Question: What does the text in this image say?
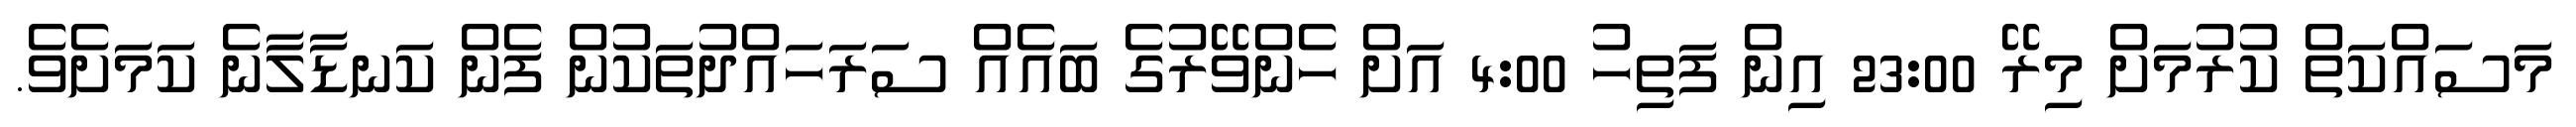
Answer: މަސައްކަތް ކުރުމަށް މިރޭ 23:00 އިން ފަތިހު 4:00 އަށް ހެންވޭރުގެ ބައެއް ސަރަހައްދުތަކުން ފެން ކަނޑާލާނެ ކަމަށެވެ.